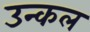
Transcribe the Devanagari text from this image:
उन्कल